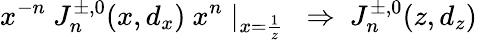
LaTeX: x^{-n}\ J_{n}^{\pm,0}(x,d_{x})\ x^{n}\mid_{x={\frac{1}{z}}}\ \Rightarrow\ J_{n}^{\pm,0}(z,d_{z})